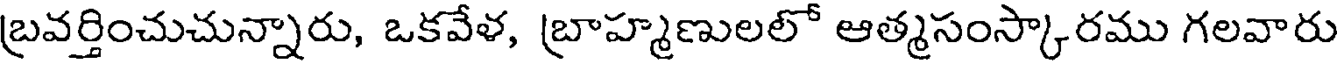
బ్రవర్తించుచున్నారు, ఒకవేళ, బ్రాహ్మణులలో ఆత్మసంస్కారము గలవారు